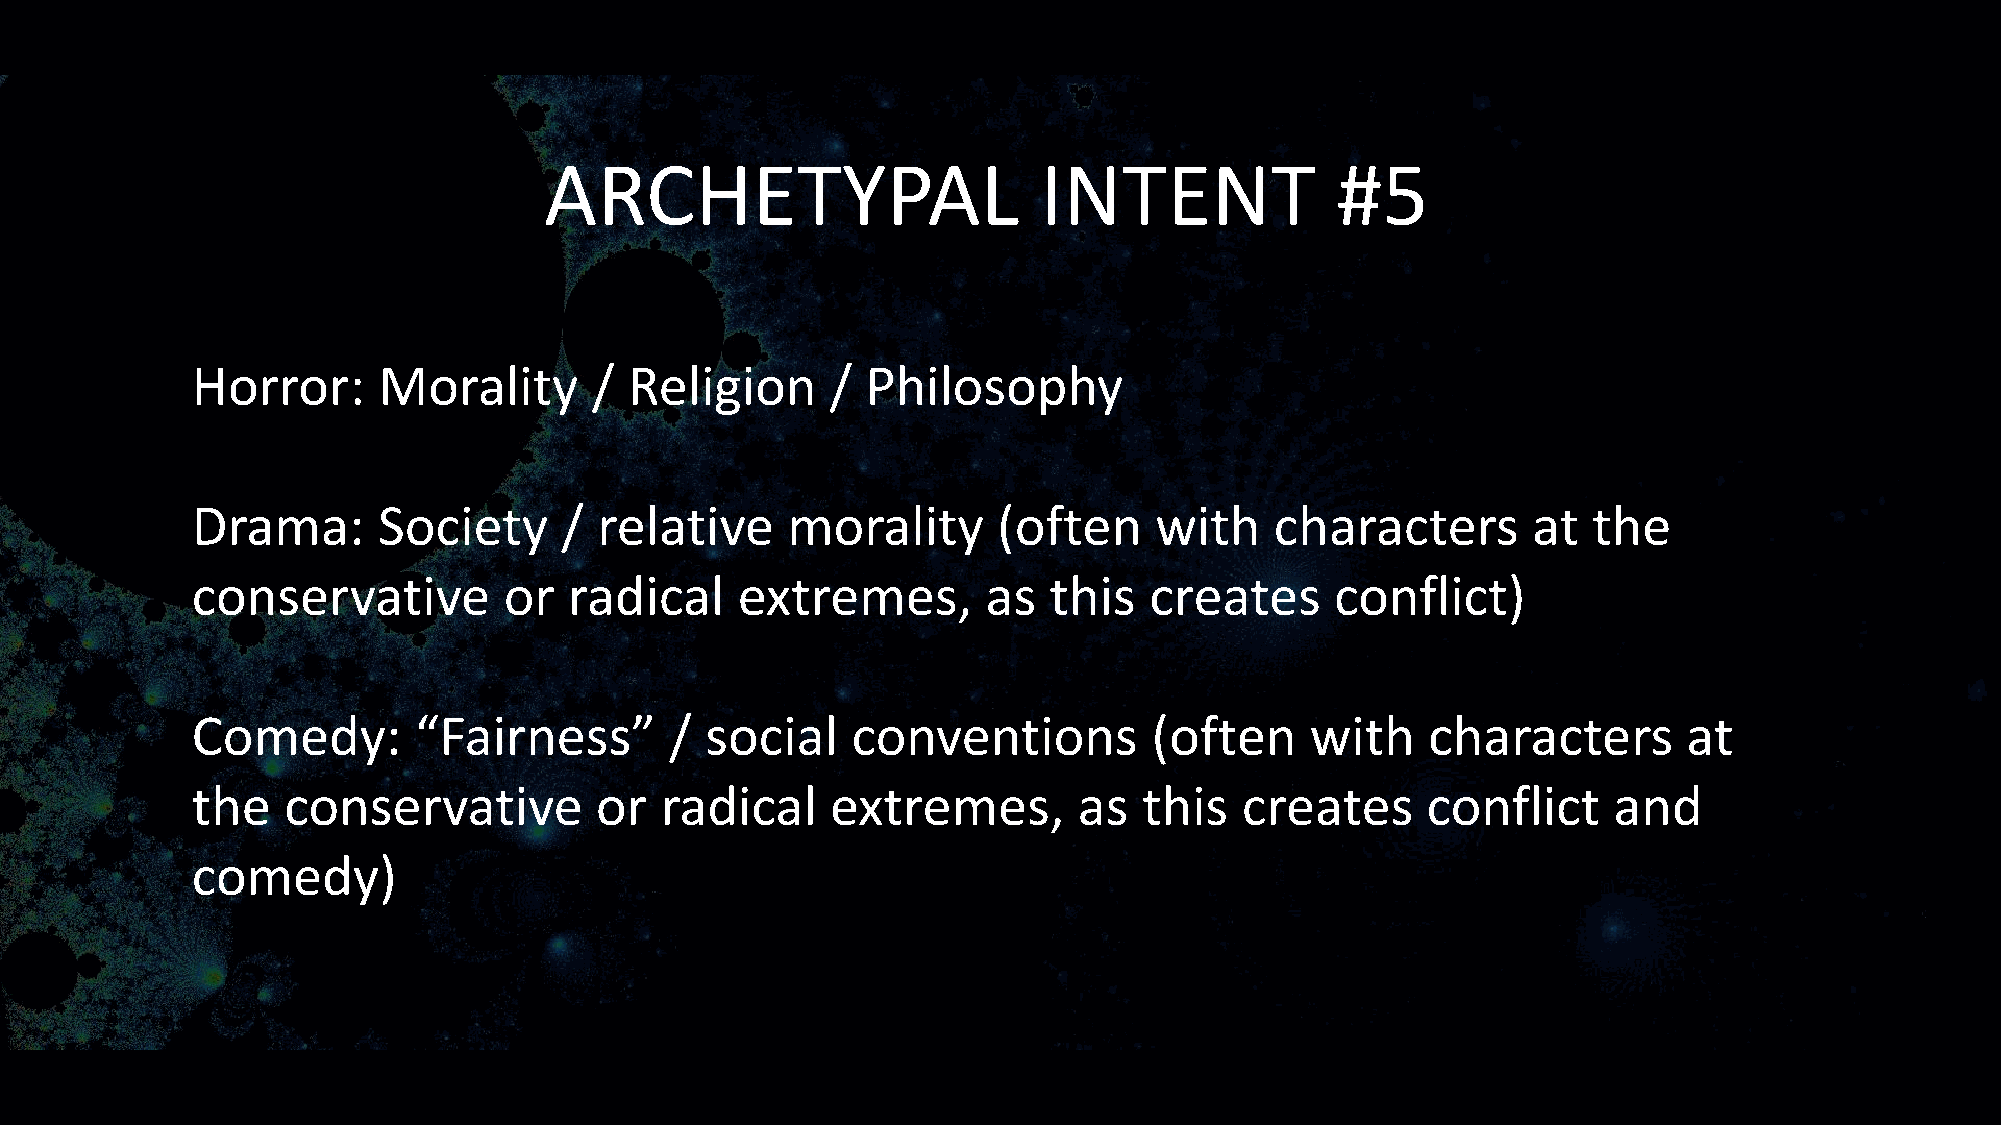
ARCHETYPAL                       INTENT             #5
 Horror:     Morality      /  Religion     / Philosophy
 Drama:      Society     /  relative    morality      (often    with    characters       at  the
 conservative        or   radical    extremes,       as  this   creates     conflict)
 Comedy:       “Fairness”       /  social   conventions         (often     with    characters       at
 the   conservative        or   radical    extremes,       as   this  creates     conflict     and
 comedy)